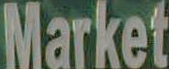
Market